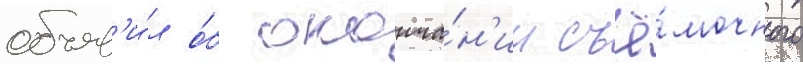
объяв'и́л о́б оконча́н'ии съё́мочного